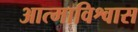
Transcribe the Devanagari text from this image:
आत्माविश्वास